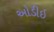
ઓડીઇ